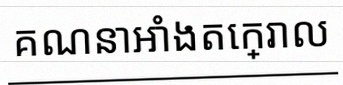
គណនាអាំងតេក្រាល